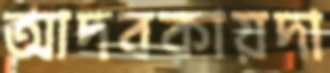
আদবকায়দা